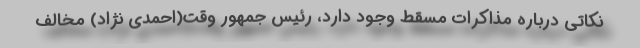
نکاتی درباره مذاکرات مسقط وجود دارد، رئیس جمهور وقت(احمدی نژاد) مخالف